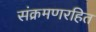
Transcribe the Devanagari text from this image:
संक्रमणरहित